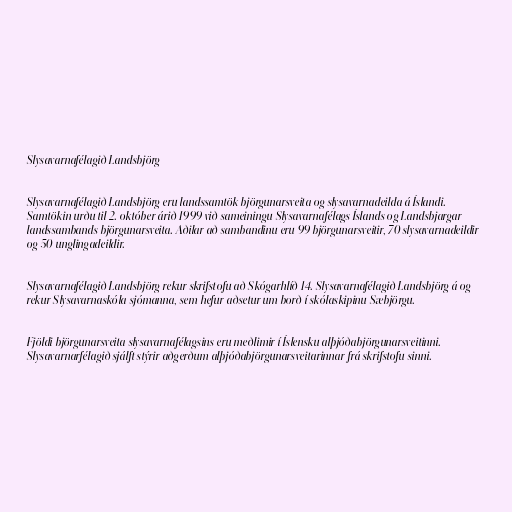
Slysavarnafélagið Landsbjörg

Slysavarnafélagið Landsbjörg eru landssamtök björgunarsveita og slysavarnadeilda á Íslandi.
Samtökin urðu til 2. október árið 1999 við sameiningu Slysavarnafélags Íslands og Landsbjargar -
landssambands björgunarsveita. Aðilar að sambandinu eru 99 björgunarsveitir, 70 slysavarnadeildir
og 50 unglingadeildir.

Slysavarnafélagið Landsbjörg rekur skrifstofu að Skógarhlíð 14. Slysavarnafélagið Landsbjörg á og
rekur Slysavarnaskóla sjómanna, sem hefur aðsetur um borð í skólaskipinu Sæbjörgu.

Fjöldi björgunarsveita slysavarnafélagsins eru meðlimir í Íslensku alþjóðabjörgunarsveitinni.
Slysavarnarfélagið sjálft stýrir aðgerðum alþjóðabjörgunarsveitarinnar frá skrifstofu sinni.